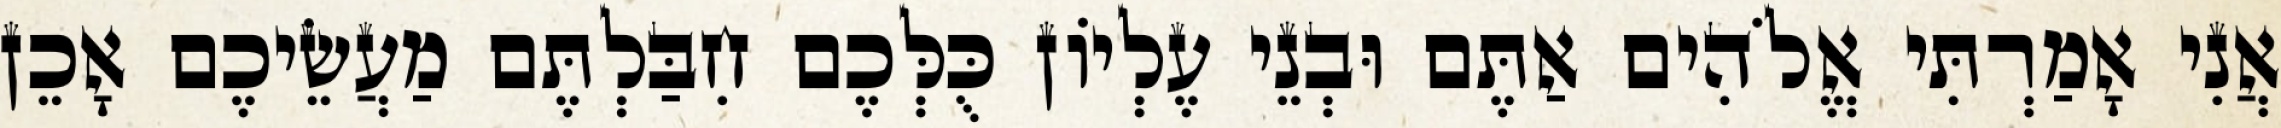
אֲנִי אָמַרְתִּי אֱלֹהִים אַתֶּם וּבְנֵי עֶלְיוֹן כֻּלְּכֶם חִבַּלְתֶּם מַעֲשֵׂיכֶם אָכֵן